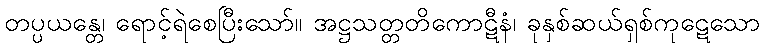
တပ္ပယန္တေ၊ ရောင့်ရဲစေပြီးသော်။ အဋ္ဌသတ္တတိကောဋီနံ၊ ခုနှစ်ဆယ်ရှစ်ကုဋေသော